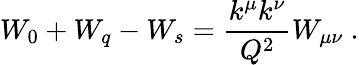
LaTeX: W_{0}+W_{q}-W_{s}={\frac{k^{\mu}k^{\nu}}{Q^{2}}}W_{\mu\nu}\ .